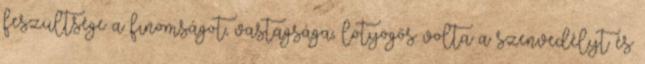
feszültsége a finomságot, vastagsága, lötyögős volta a szenvedélyt és